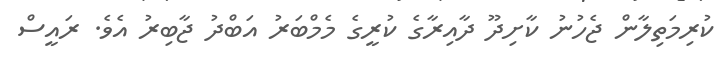
ކުރިމަތިލާން ޖެހުނު ކާށިދޫ ދާއިރާގެ ކުރީގެ މެމްބަރު އަބްދު ޖާބިރު އެވެ. ރައީސް